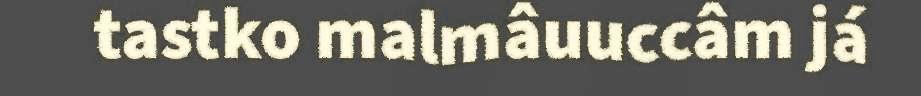
tastko malmâuuccâm já